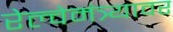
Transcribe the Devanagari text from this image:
रेल्वेमंत्र्यावर